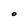
Character: O